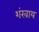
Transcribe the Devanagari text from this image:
शंखाय